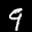
Label: 9